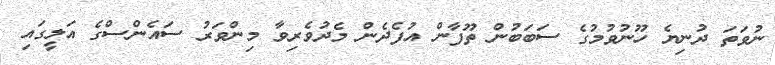
ނުވަތަ ދުނިޔެ ހޫނުވުމުގެ ސަބަބުން ތޫފާން އުފެދެން މެދުވެރިވާ މިންވަރު ސައެންސްގެ އަލީގައި